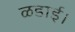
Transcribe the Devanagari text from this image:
ळडाई।